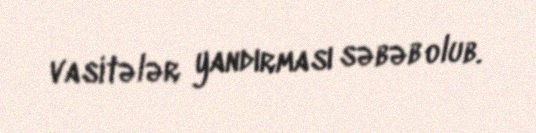
vasitələr yandırması səbəb olub.